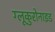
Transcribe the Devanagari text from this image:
ग्लूकुरोनाइड